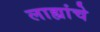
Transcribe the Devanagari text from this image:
लाह्यांचे